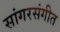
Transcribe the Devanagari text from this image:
सांगरसंगीत